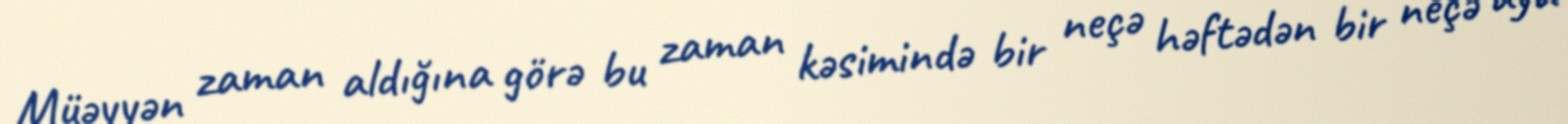
Müəyyən zaman aldığına görə bu zaman kəsimində bir neçə həftədən bir neçə aya